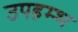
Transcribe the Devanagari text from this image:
उपहम्भ